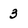
Character: 3